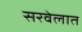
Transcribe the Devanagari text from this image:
सरवेलात